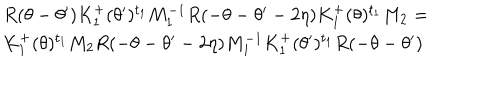
\begin{array} { l } { { R ( \theta - \theta ^ { \prime } ) K _ { 1 } ^ { + } ( \theta ^ { \prime } ) ^ { t _ { 1 } } M _ { 1 } ^ { - 1 } R ( - \theta - \theta ^ { \prime } - 2 \eta ) K _ { 1 } ^ { + } ( \theta ) ^ { t _ { 1 } } M _ { 2 } = } } \\ { { K _ { 1 } ^ { + } ( \theta ) ^ { t _ { 1 } } M _ { 2 } R ( - \theta - \theta ^ { \prime } - 2 \eta ) M _ { 1 } ^ { - 1 } K _ { 1 } ^ { + } ( \theta ^ { \prime } ) ^ { t _ { 1 } } R ( - \theta - \theta ^ { \prime } ) } } \\ \end{array}